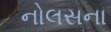
નોલસના